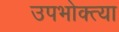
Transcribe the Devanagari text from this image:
उपभोक्त्या